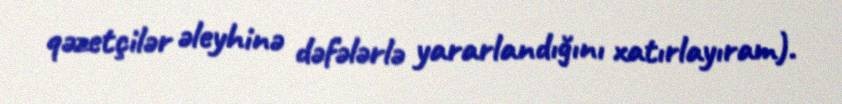
qəzetçilər əleyhinə dəfələrlə yararlandığını xatırlayıram).